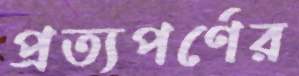
প্রত্যপর্ণের